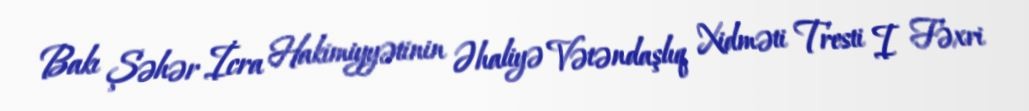
Bakı Şəhər İcra Hakimiyyətinin Əhaliyə Vətəndaşlıq Xidməti Tresti I Fəxri